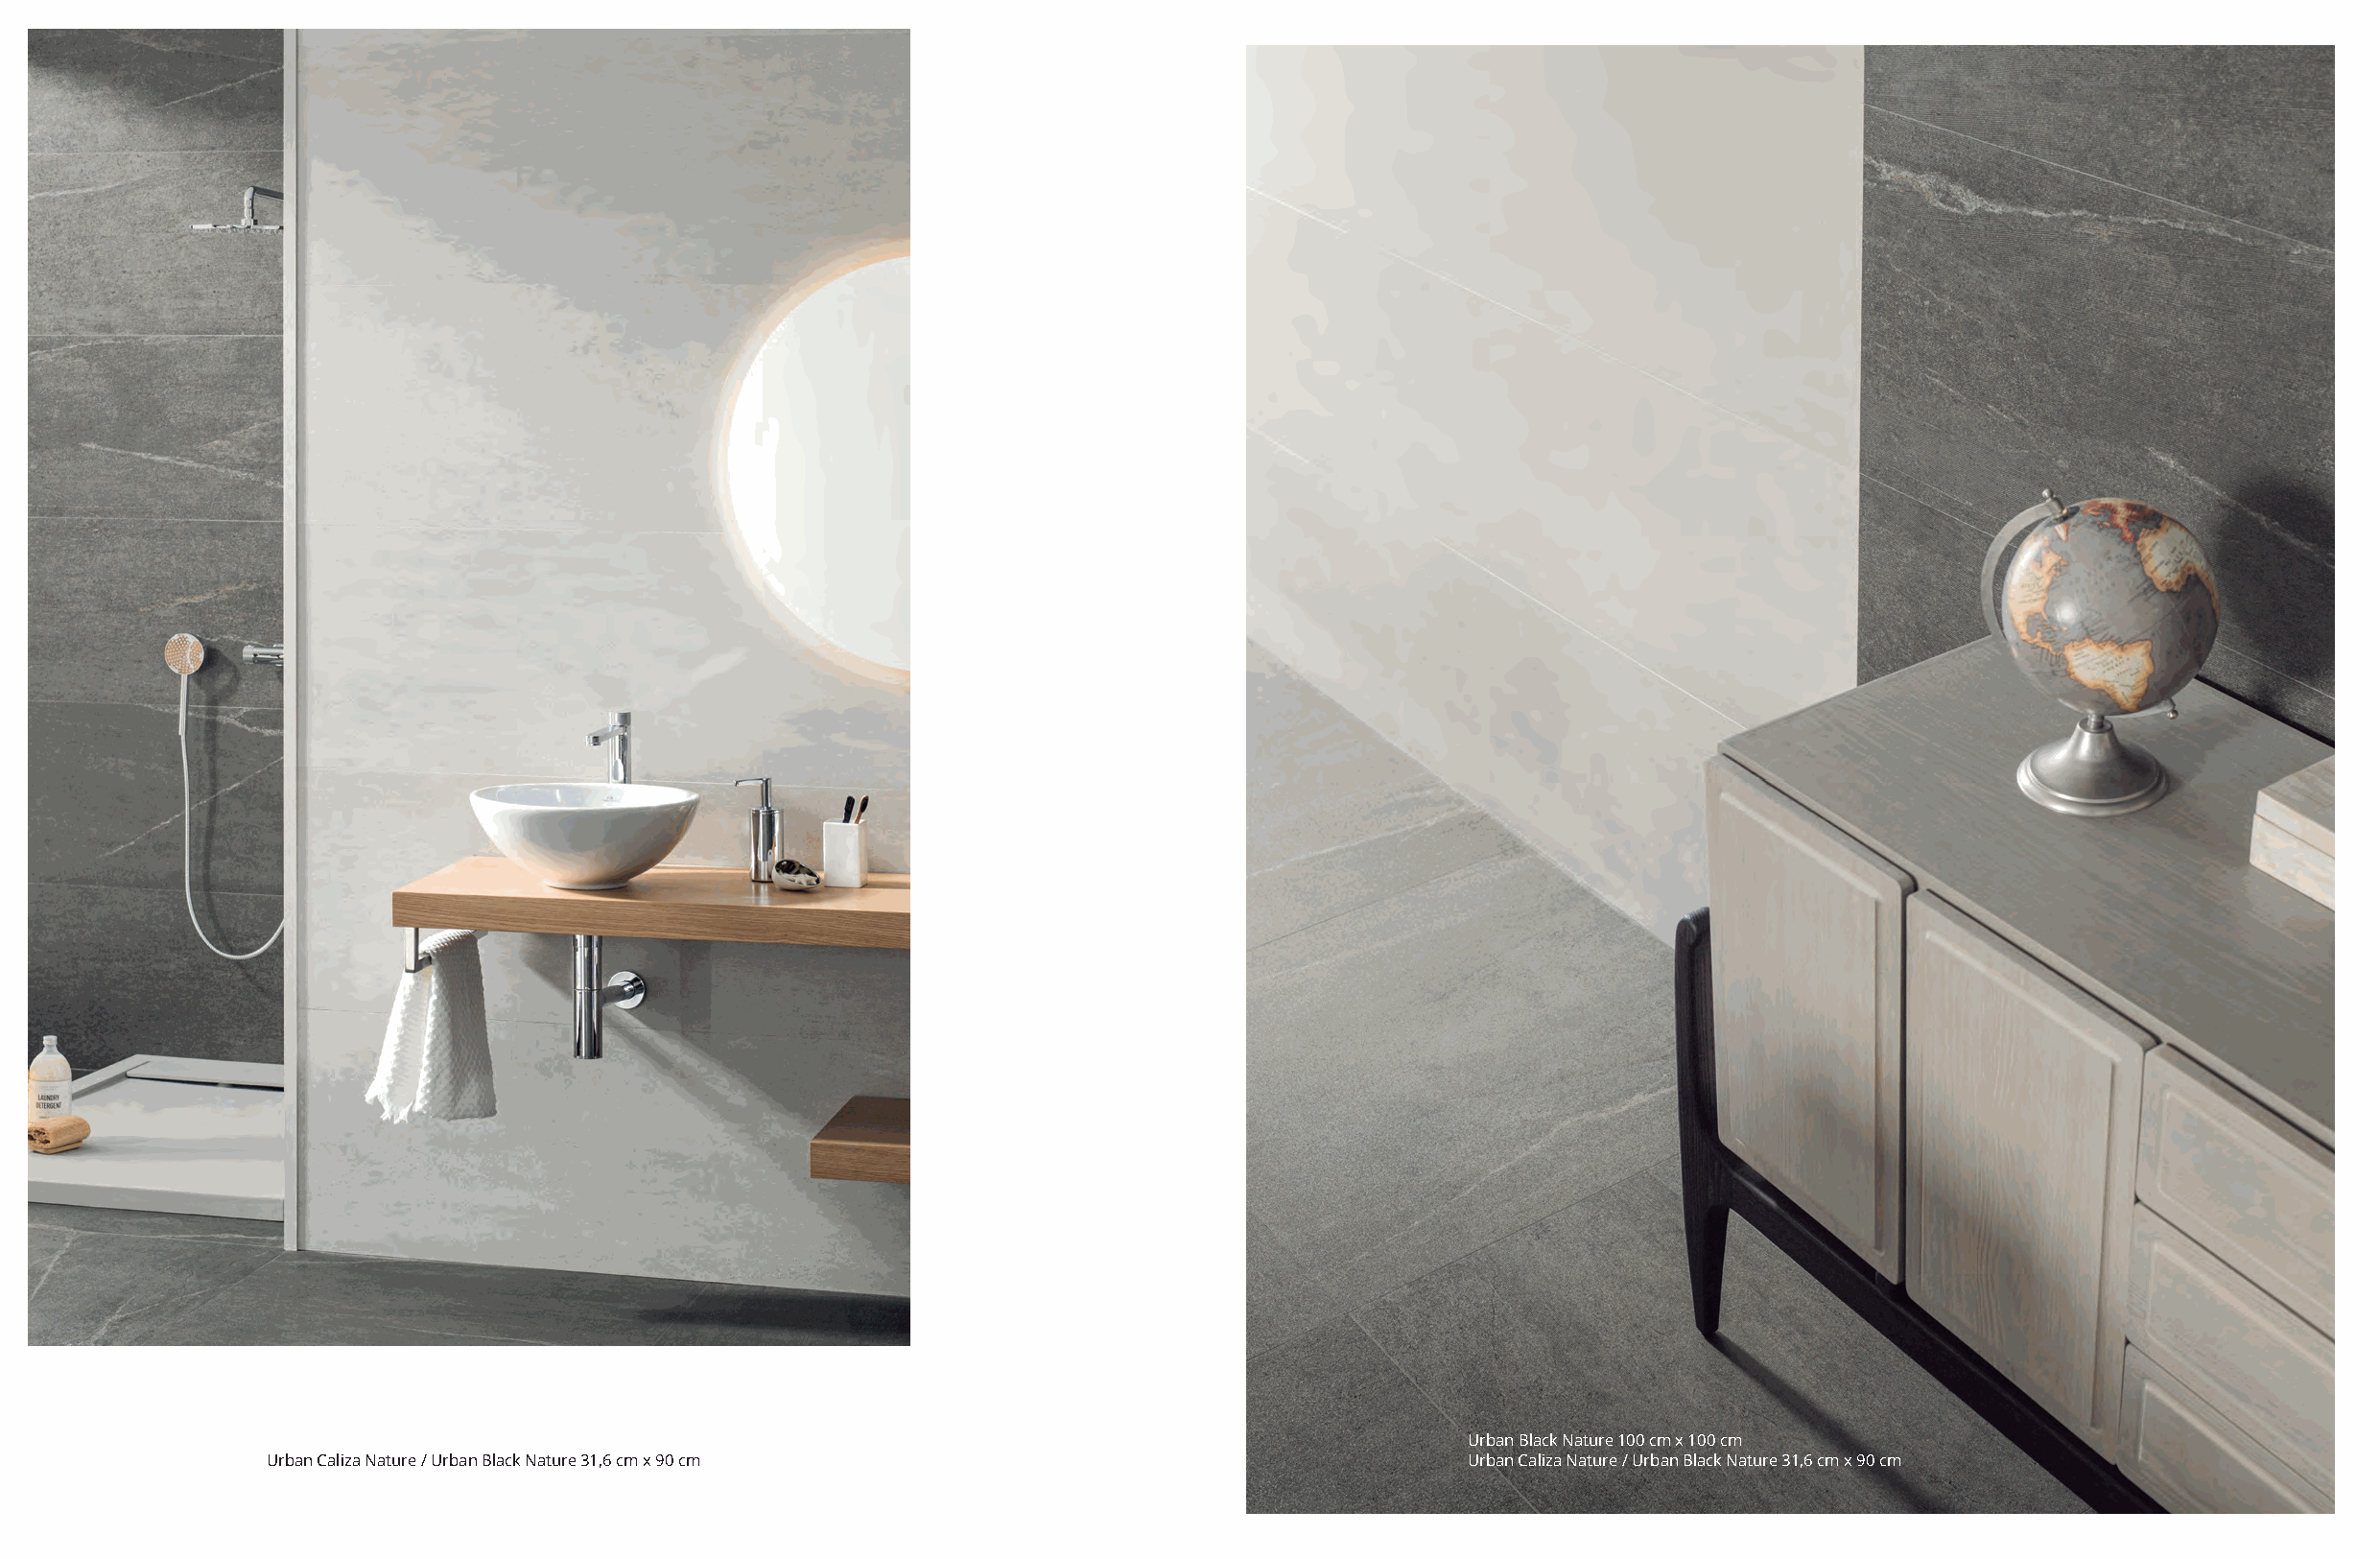
10
 Urban Black Nature 100 cm x 100 cm
 Urban Caliza Nature / Urban Black Nature 31,6 cm x 90 cm                           Urban Caliza Nature / Urban Black Nature 31,6 cm x 90 cm
 Urban Acero Nature